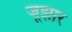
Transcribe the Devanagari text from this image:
जूझार